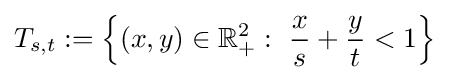
T_{s,t}:=\left\{(x,y)\in \mathbb {R} _{+}^{2}:\ {\frac {x}{s}}+{\frac {y}{t}}<1\right\}